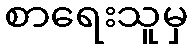
စာရေးသူမှ